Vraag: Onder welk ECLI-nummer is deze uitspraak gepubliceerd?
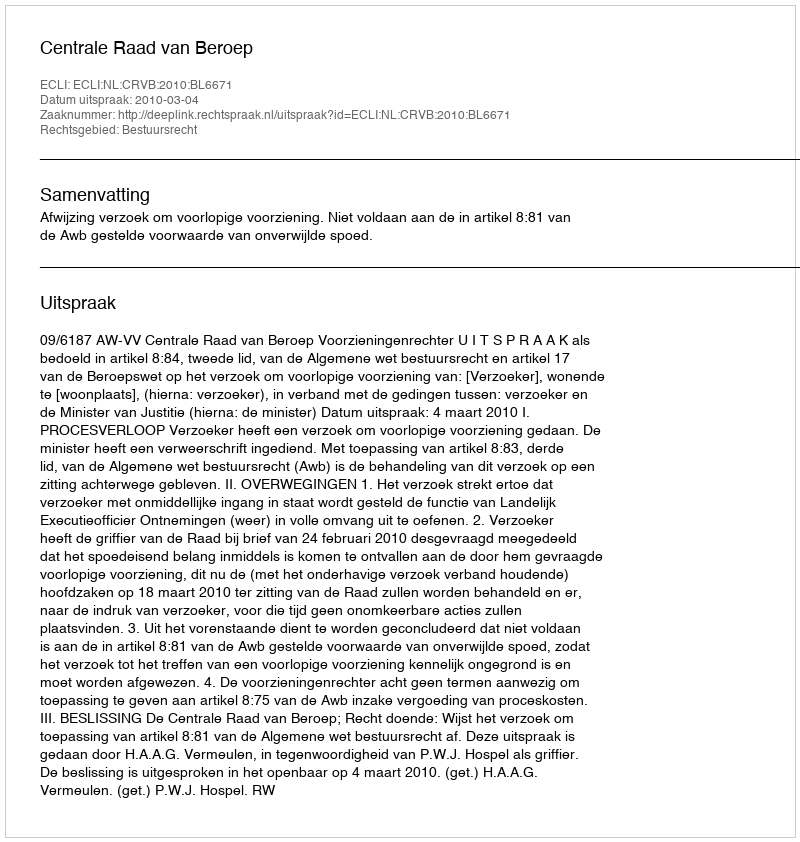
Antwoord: ECLI:NL:CRVB:2010:BL6671